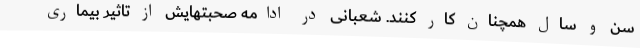
سن و سال همچنان کار کنند. شعبانی در ادامه صحبتهایش از تاثیر بیماری